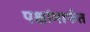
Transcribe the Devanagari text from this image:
पक्षांमार्फत